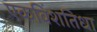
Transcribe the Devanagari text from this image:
एकविंशतिधा